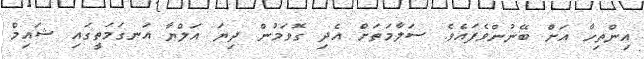
އިންތިހާ އަށް ބޭނުންވެފައެވެ. ސަލާމަތަށް އެދި ގޮވަމުން ދިޔަ އަލްޔާ އަނގަމަތީގައި ޝައިމް